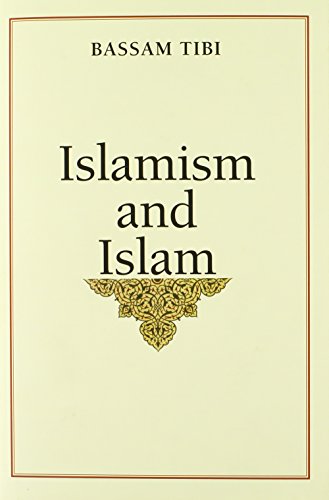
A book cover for Islamism and Islam; Bassam Tibi; Religion & Spirituality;